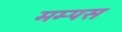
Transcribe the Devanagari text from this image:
मम्पस